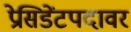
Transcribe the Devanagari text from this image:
प्रेसिडेंटपदावर